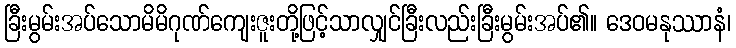
ခြီးမွမ်းအပ်သောမိမိဂုဏ်ကျေးဇူးတို့ဖြင့်သာလျှင်ခြီးလည်းခြီးမွမ်းအပ်၏။ ဒေဝမနုဿာနံ၊